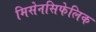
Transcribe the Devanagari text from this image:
मिसेनसिफेलिक